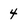
Character: 4